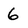
Character: 6